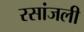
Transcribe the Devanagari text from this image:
रसांजली